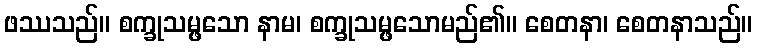
ဖဿသည်။ စက္ခုသမ္ဖသော နာမ၊ စက္ခုသမ္ဖသောမည်၏။ စေတနာ၊ စေတနာသည်။